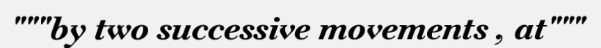
"""by two successive movements , at"""